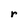
Character: r